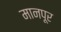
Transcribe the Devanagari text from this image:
मानपूर